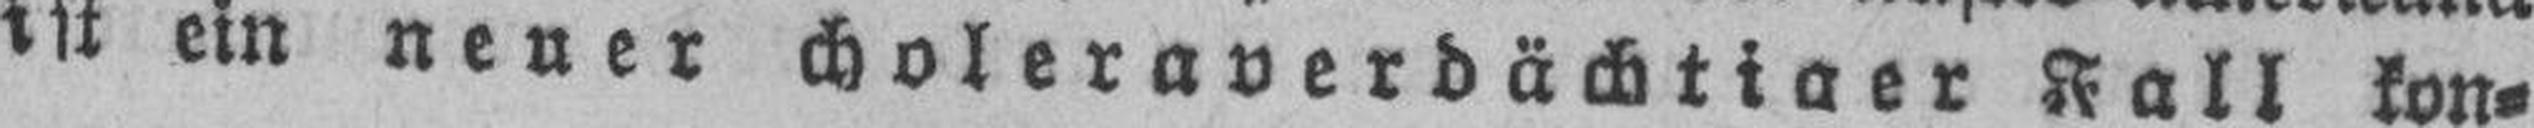
ist ein neuer choleraverdächtiger Fall kon¬